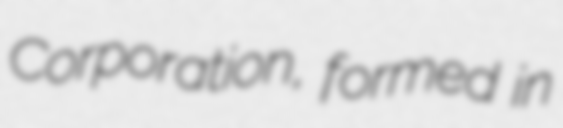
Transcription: Corporation, formed in